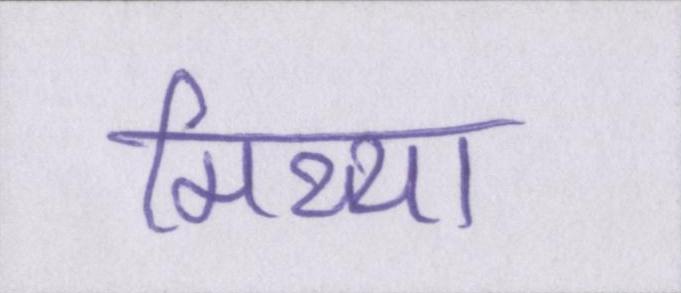
मिथ्या